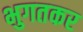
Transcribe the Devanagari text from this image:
भुगतकर